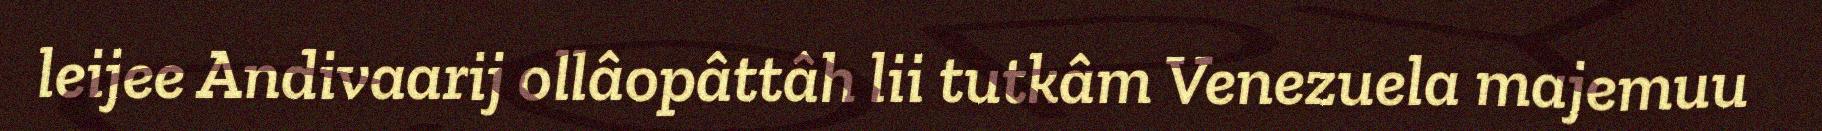
leijee Andivaarij ollâopâttâh lii tutkâm Venezuela majemuu